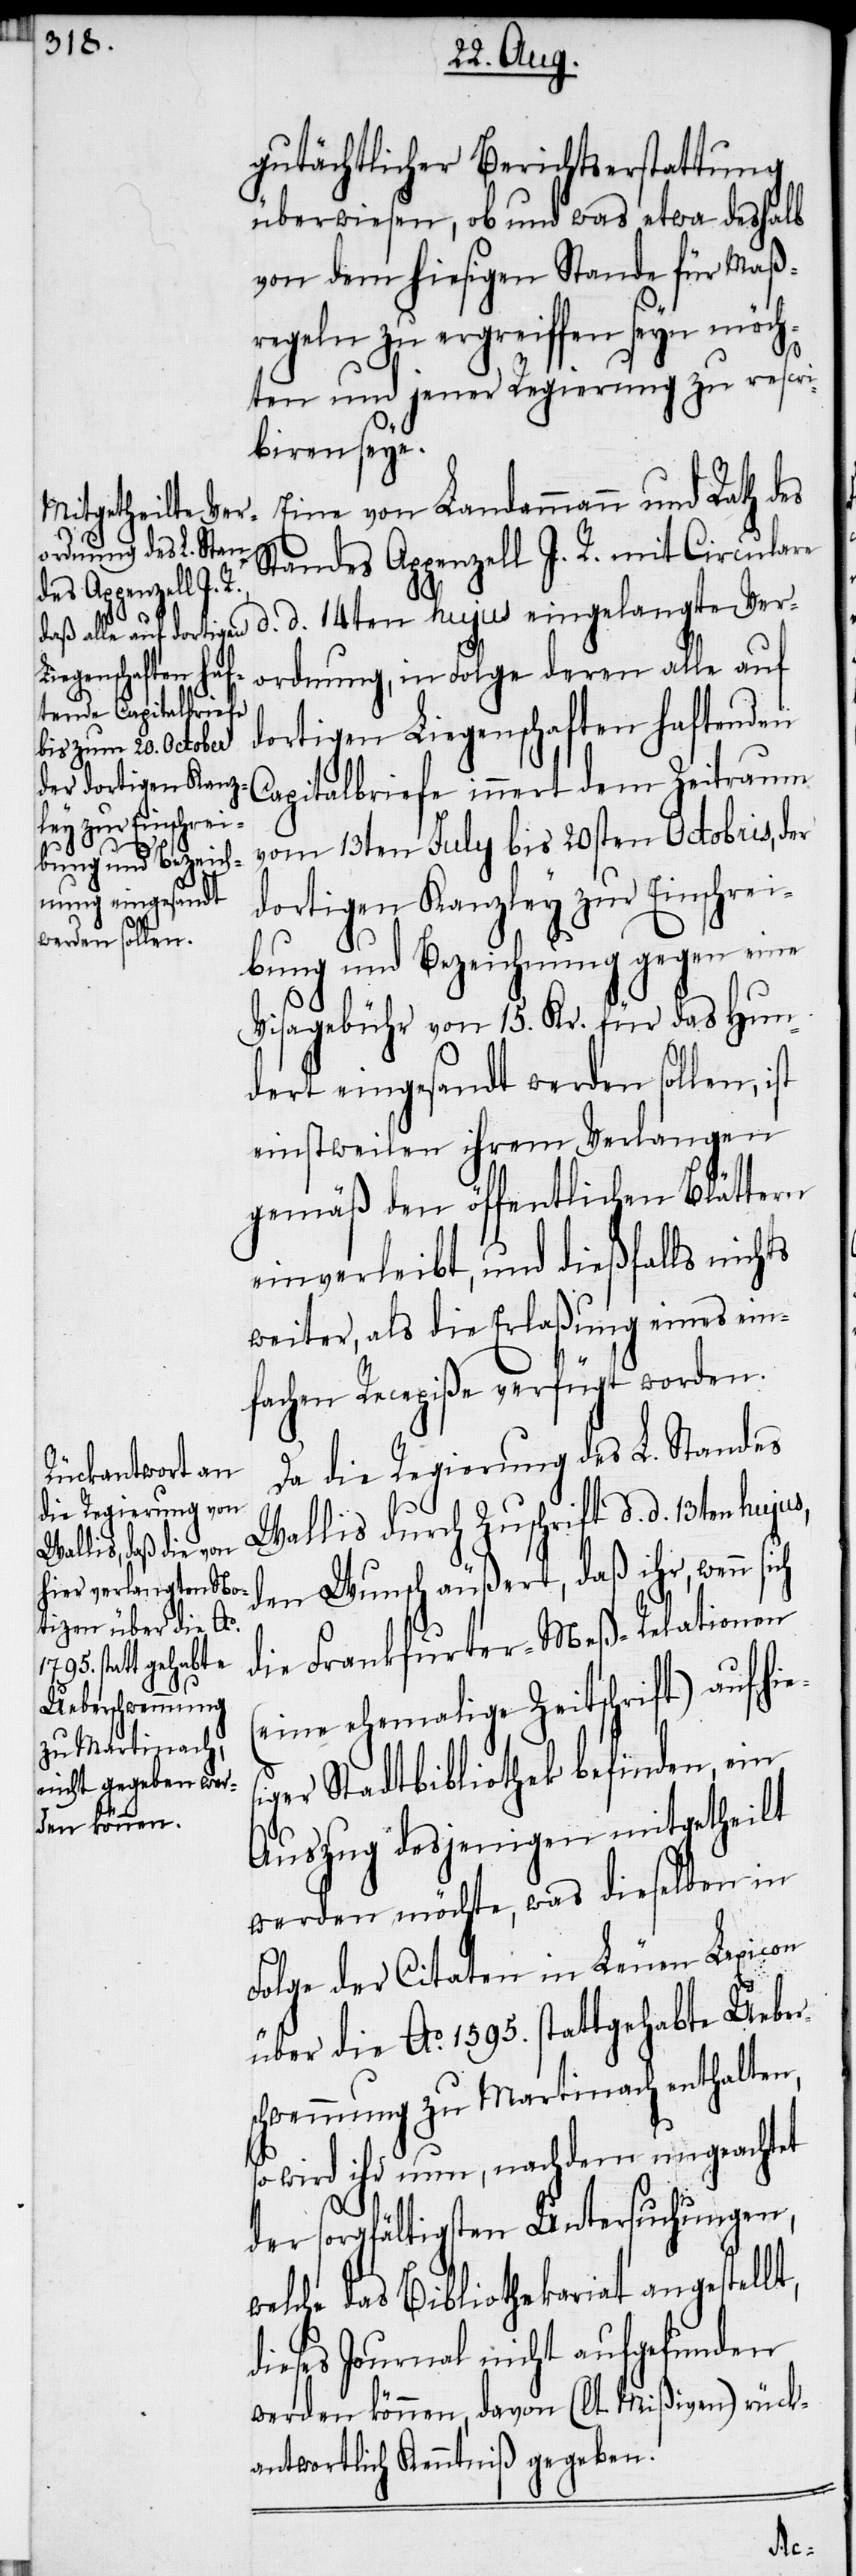
esig¬

gutächtlicher Berichtserstattung
überwiesen, ob und was etwa deshalb
von dem hiesigen Stande für Maß¬
regeln zu ergreiffen seyn möch¬
ch
ten und jener Regierung zu rescri¬
biren seye.
Eine von Landamman und Rath des
Standes Appenzell I. R. mit Circulare
d. d. 14ten hujus eingelangte Ver¬
ordnung, in Folge deren alle auf
dortigen Liegenschaften haftenden
Capitalbriefe innert dem Zeitraum
vom 13ten July bis 20sten Octobris, der
dortigen Kanzley zur Einschrei¬
bung und Bezeichnung gegen eine
Visagebühr von 15. Kr. für das Hun¬
dert eingesandt werden sollen, ist
einstweilen ihrem Verlangen
gemäß den öffentlichen Blättern
einverleibt, und dießfalls nichts
weiter, als die Erlaßung eines ein¬
fachen Recepiße verfügt worden.
Da die Regierung des L. Standes
Wallis durch Zuschrift d. d. 13ten hujus,
den Wunsch äußert, daß ihr, wenn si¬
die Frankfurter-Meß-Relationen
(eine ehemalige Zeitschrift) auf hi¬
er Stadtbibliothek befinden, ein
Auszug desjenigen mitgetheilt
werden möchte, was dieselben in
Folge der Citaten in Leuen Lexicon
über die Ao. 1595. stattgehabte Ueber¬
schwemmung zu Martinach enthalten,
wird ihr nun, nachdem ungeachtet
der sorgfältigsten Untersuchungen,
welche das Bibliothekariat angestellt,
dieses Journal nicht aufgefunden
werden können, davon (lt. Mißiven) rück¬
antwortlich Kenntniß gegeben.